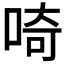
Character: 𠵇